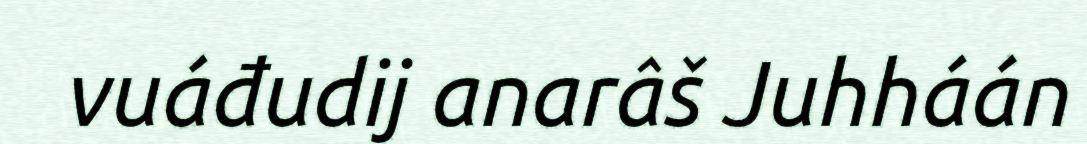
vuáđudij anarâš Juhháán